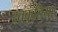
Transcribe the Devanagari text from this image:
रतकुडि़या